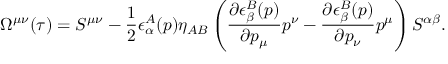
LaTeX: \Omega ^ { \mu \nu } ( \tau ) = S ^ { \mu \nu } - \frac { 1 } { 2 } \epsilon _ { \alpha } ^ { A } ( p ) \eta _ { A B } \left( \frac { \partial \epsilon _ { \beta } ^ { B } ( p ) } { \partial p _ { \mu } } p ^ { \nu } - \frac { \partial \epsilon _ { \beta } ^ { B } ( p ) } { \partial p _ { \nu } } p ^ { \mu } \right) S ^ { \alpha \beta } .